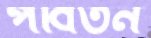
পবির্তন